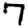
Digit: 7